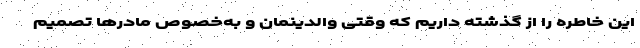
این خاطره را از گذشته داریم که وقتی والدینمان و به‌خصوص مادرها تصمیم